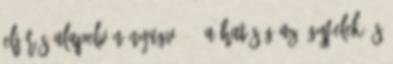
eljárás alapelvén nyugvó, - a hatóság az ügyfelek és